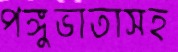
পঙ্গুভাতাসহ